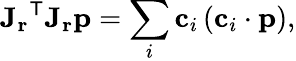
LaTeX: {\mathbf{J}_{\mathbf{r}}}^{\mathsf{T}}\mathbf{J_{r}}\mathbf{p}=\sum_{i}\mathbf{c}_{i}\left(\mathbf{c}_{i}\cdot\mathbf{p}\right),